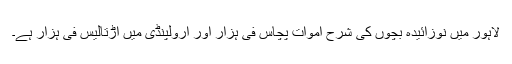
لاہور میں نوزائیدہ بچوں کی شرح اموات پچاس فی ہزار اور ارولپنڈی میں اڑتالیس فی ہزار ہے۔